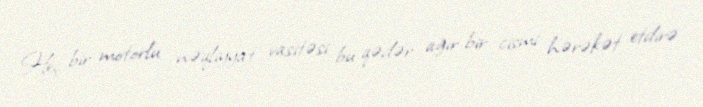
Heç bir motorlu nəqliyyat vasitəsi bu qədər ağır bir cismi hərəkət etdirə